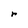
Character: r